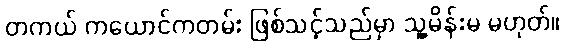
တကယ် ကယောင်ကတမ်း ဖြစ်သင့်သည်မှာ သူ့မိန်းမ မဟုတ်။